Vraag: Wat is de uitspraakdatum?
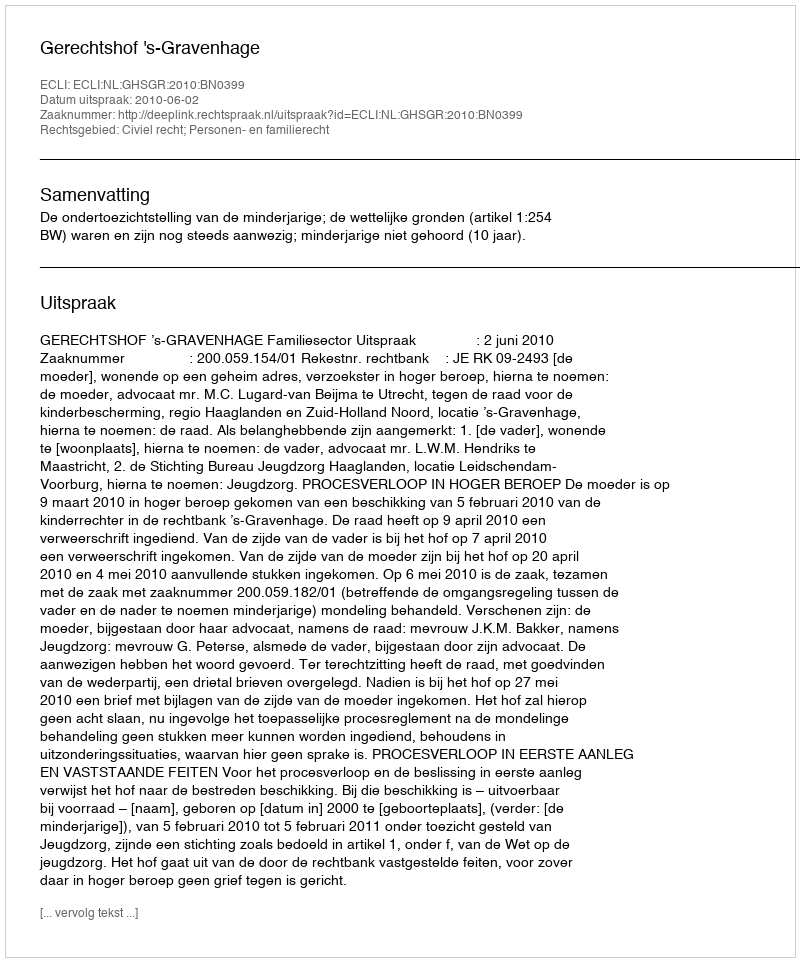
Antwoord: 2010-06-02